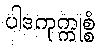
ပါဒကုက္ကုစ္စံ